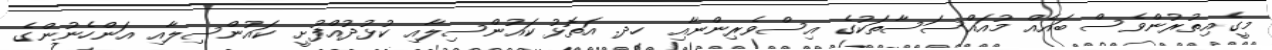
މީގެއިތުރުންވެސް ބައެއް މުއައްސަސާތަކުގެ އިސްވެރިންނާއި ހދ. އަތޮޅު ކައުންސިލާއި ކުޅުދުއްފުށީ ކައުންސިލާއި އަންހެނުންގެ